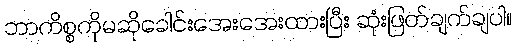
ဘာကိစ္စကိုမဆိုခေါင်းအေးအေးထားပြီး ဆုံးဖြတ်ချက်ချပါ။